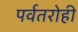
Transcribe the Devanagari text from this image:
पर्वतरोही